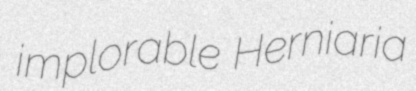
implorable Herniaria